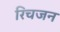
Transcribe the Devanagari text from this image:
रिचजन